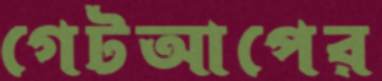
গেটআপের